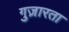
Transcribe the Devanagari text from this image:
गुज़ारता